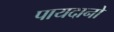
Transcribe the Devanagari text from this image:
पायदानो